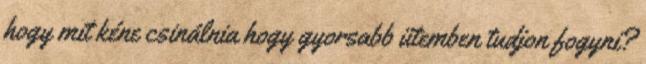
hogy mit kéne csinálnia hogy gyorsabb ütemben tudjon fogyni?